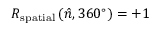
R _ { \mathrm { s p a t i a l } } \left( { \hat { n } } , 3 6 0 ^ { \circ } \right) = + 1